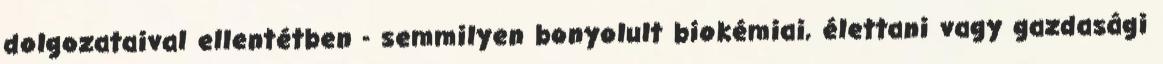
dolgozataival ellentétben - semmilyen bonyolult biokémiai, élettani vagy gazdasági